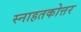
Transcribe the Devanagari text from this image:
स्नाहतकोत्तर